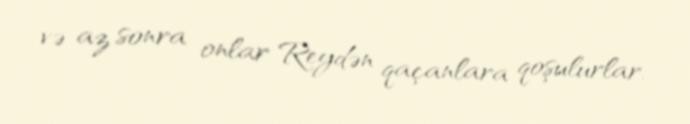
və az sonra onlar Reydən qaçanlara qoşulurlar.